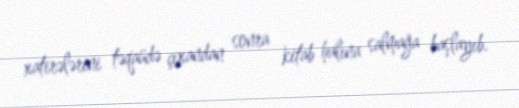
xatirələrini təqaüdə çıxandan sonra kitab halına salmağa başlayıb.